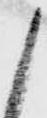
候